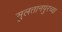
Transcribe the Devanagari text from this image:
सुलतानपुरच्या